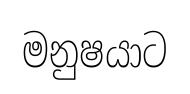
මනුෂයාට